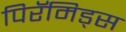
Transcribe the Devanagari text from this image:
पिरॅमिड्स